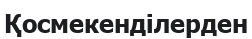
Қосмекенділерден